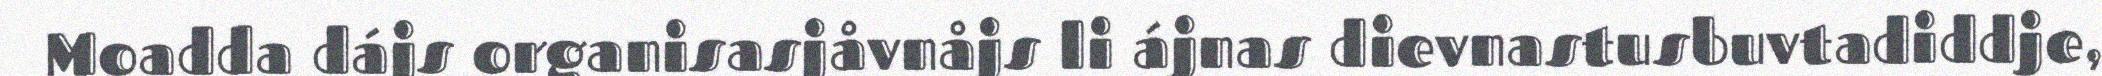
Moadda dájs organisasjåvnåjs li ájnas dievnastusbuvtadiddje,